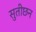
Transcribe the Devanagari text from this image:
सुतीछन